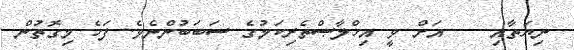
ނިޔަތާއި    އަށް ވީ އިޚްލާޞްތެރިކަމުގެ ސަބަބުންނެވެ. ފަހެ މިގޮތުން